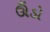
ઊઁડો